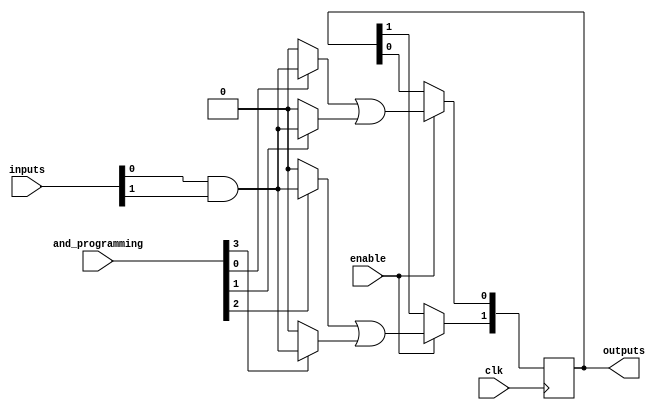
module FusedPAL #(
    parameter NUM_INPUTS = 8, // Number of input lines
    parameter NUM_AND_GATES = 4, // Number of programmable AND gates
    parameter NUM_OR_GATES = 2 // Number of fixed OR gates
)(
    input wire [NUM_INPUTS-1:0] inputs, // Input lines
    input wire [NUM_AND_GATES-1:0] and_programming, // Programming signals for AND gates
    input wire clk, // Clock signal
    input wire enable, // Enable signal for evaluation
    output reg [NUM_OR_GATES-1:0] outputs // Output lines
);

// Internal wires for AND gate outputs
wire [NUM_AND_GATES-1:0] and_outputs;

// Programmable AND gates
genvar i;
generate
    for (i = 0; i < NUM_AND_GATES; i = i + 1) begin : and_gate
        // Each AND gate can have a fixed number of inputs
        assign and_outputs[i] = (and_programming[i]) ? 
            (inputs[0] & inputs[1]) : // Example fixed inputs for AND gate
            1'b0; // Default output if not programmed
    end
endgenerate

// Fixed OR gates
always @(posedge clk) begin
    if (enable) begin
        // Example fixed connections for OR gates
        outputs[0] <= and_outputs[0] | and_outputs[1]; // OR gate 1
        outputs[1] <= and_outputs[2] | and_outputs[3]; // OR gate 2
    end
end

endmodule